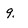
Character: 9